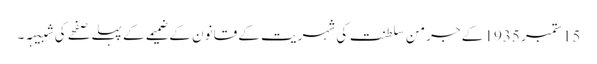
15 ستمبر 1935 کے جرمن سلطنت کی شہریت کے قانون کے ضمیمے کے پہلے صفحے کی شبیہہ۔